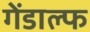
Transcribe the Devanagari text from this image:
गेंडाल्फ